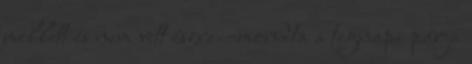
mellett és nem vett észre. -mondta a tegnapi párja